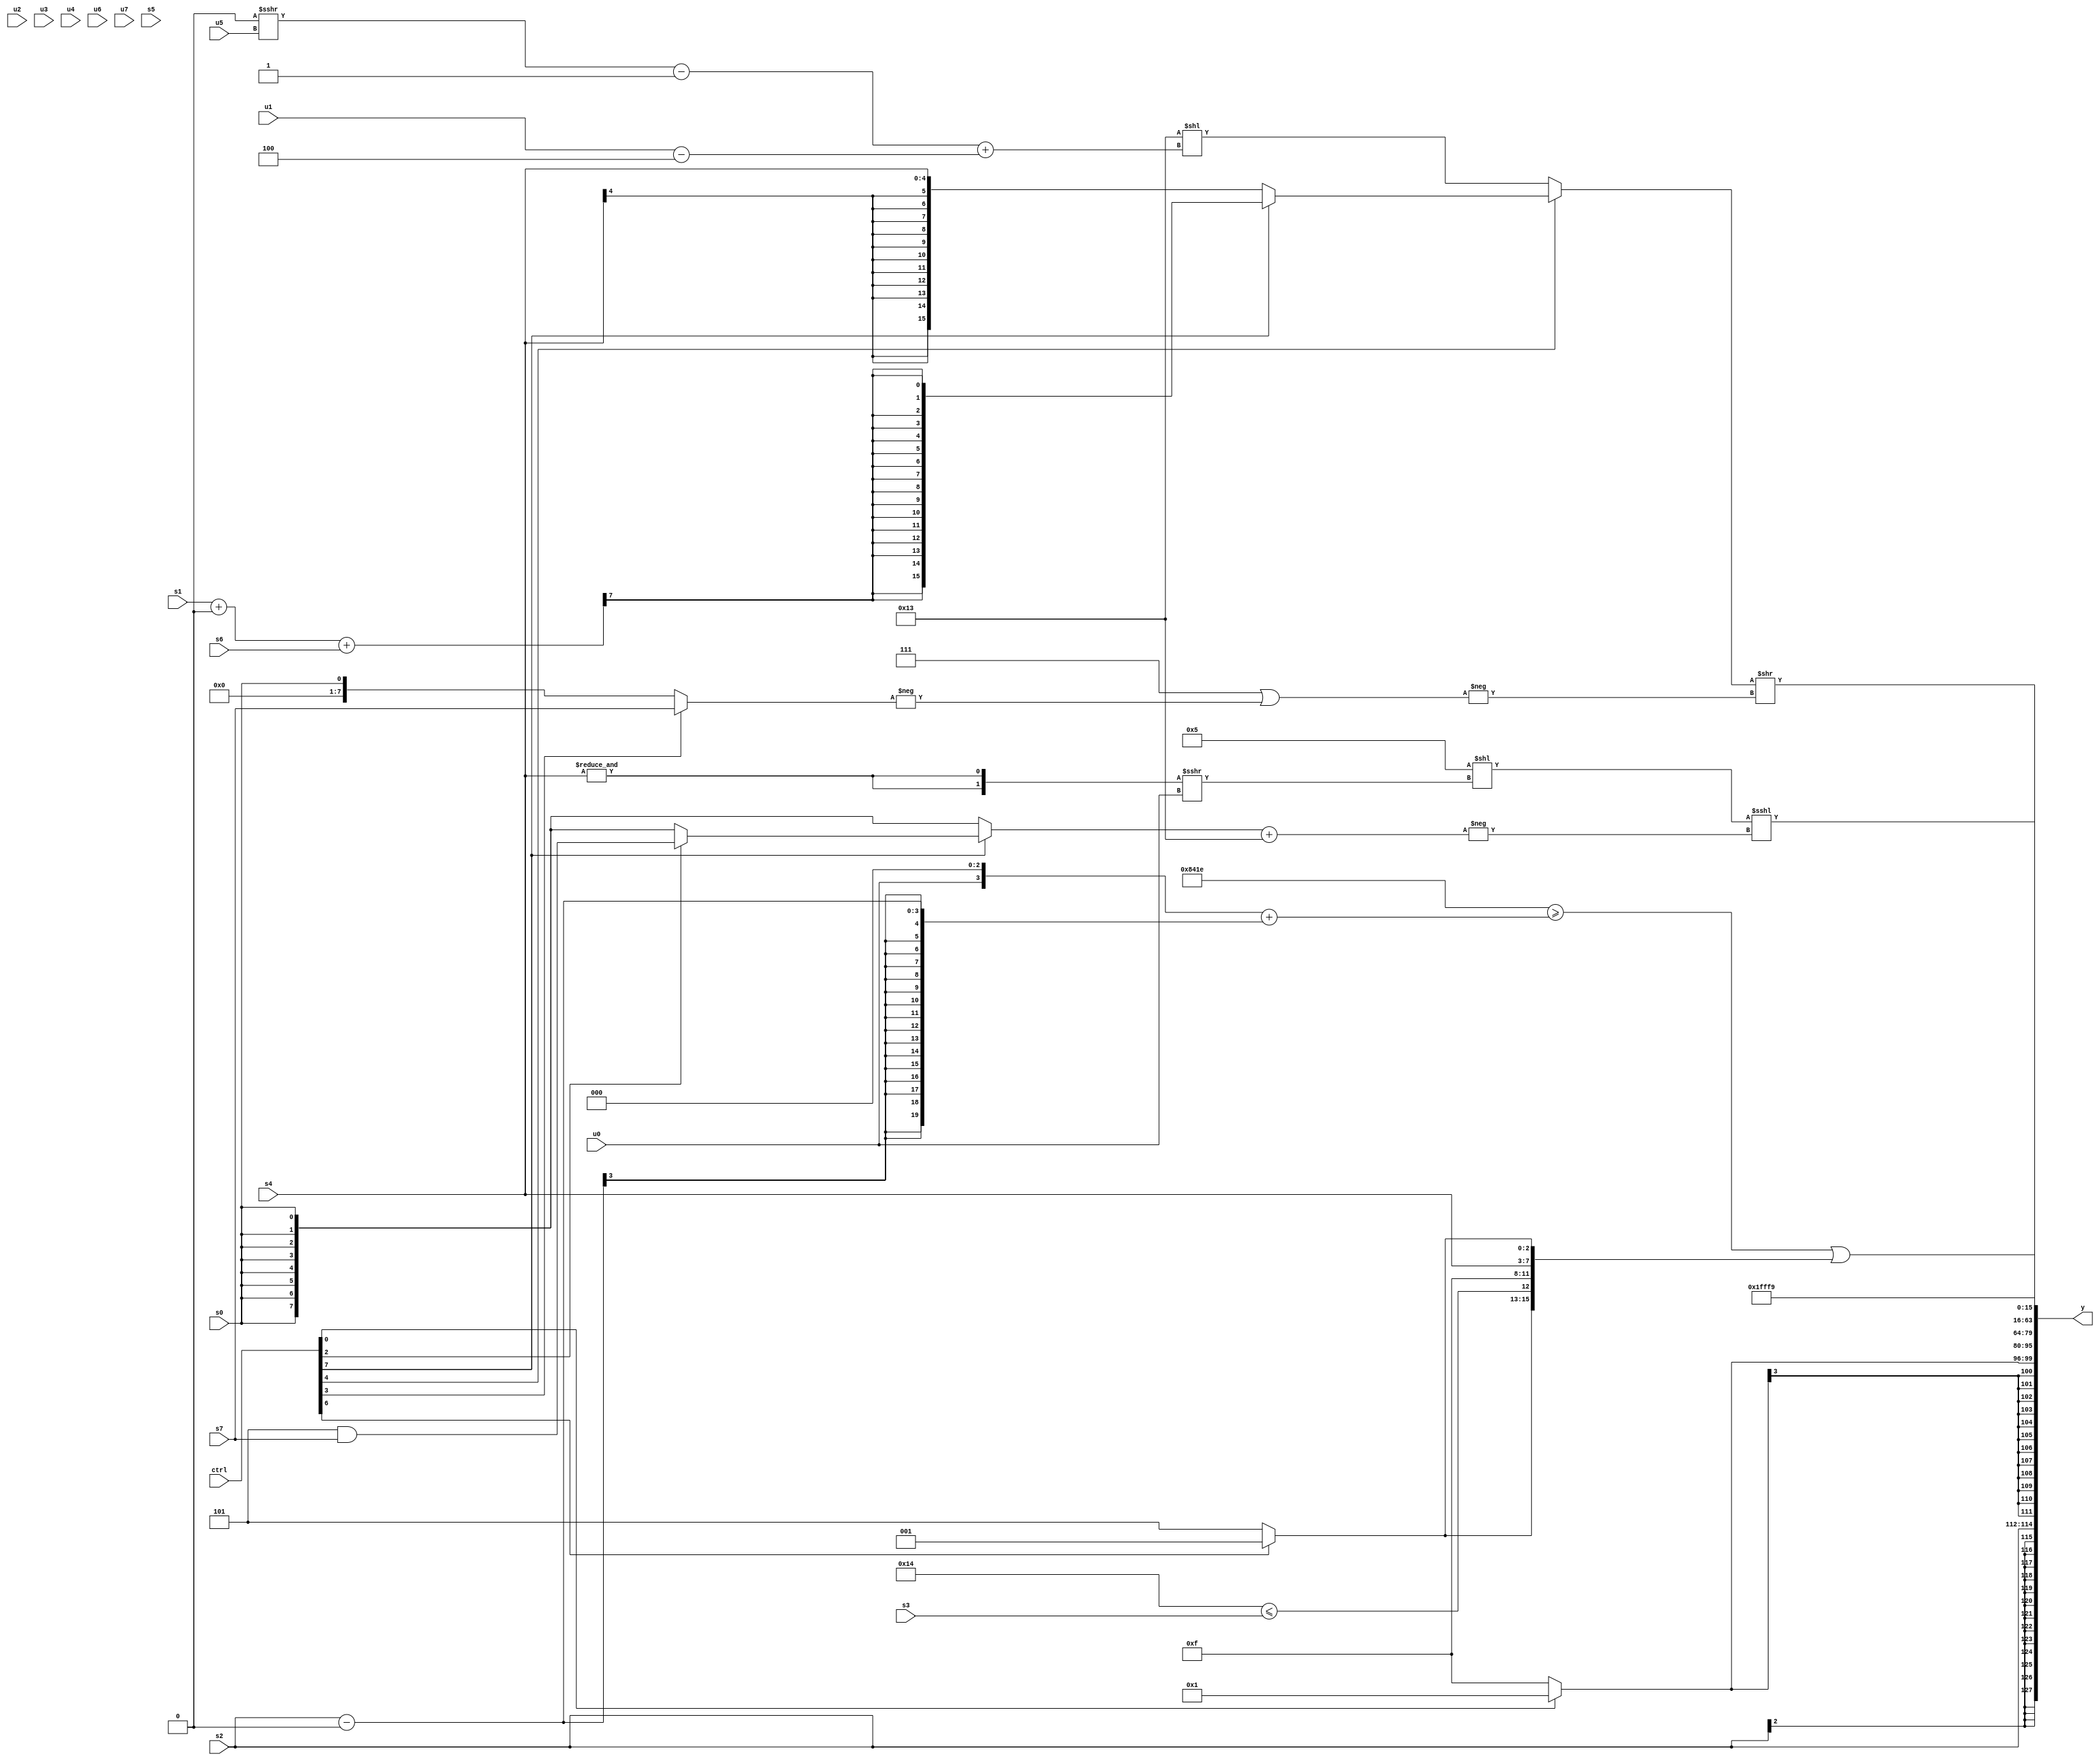
module wideexpr_00244(ctrl, u0, u1, u2, u3, u4, u5, u6, u7, s0, s1, s2, s3, s4, s5, s6, s7, y);
  input [7:0] ctrl;
  input [0:0] u0;
  input [1:0] u1;
  input [2:0] u2;
  input [3:0] u3;
  input [4:0] u4;
  input [5:0] u5;
  input [6:0] u6;
  input [7:0] u7;
  input signed [0:0] s0;
  input signed [1:0] s1;
  input signed [2:0] s2;
  input signed [3:0] s3;
  input signed [4:0] s4;
  input signed [5:0] s5;
  input signed [6:0] s6;
  input signed [7:0] s7;
  output [127:0] y;
  wire [15:0] y0;
  wire [15:0] y1;
  wire [15:0] y2;
  wire [15:0] y3;
  wire [15:0] y4;
  wire [15:0] y5;
  wire [15:0] y6;
  wire [15:0] y7;
  assign y = {y0,y1,y2,y3,y4,y5,y6,y7};
  assign y0 = s2;
  assign y1 = (ctrl[0]?4'sb0001:1'sb1);
  assign y2 = +(((4'sb0101)<<(({2{-(&(s4))}})>>>(u0)))<<<(-(((ctrl[7]?(ctrl[2]?(ctrl[2]?$signed((3'b101)&(s7)):s2):s0):s0))+(($signed(6'sb110011))<<({2{&({2{(4'sb1111)>>(5'sb11100)}})}})))));
  assign y3 = ((ctrl[4]?(ctrl[7]?(((s1)+(3'sb000))+($signed(s6)))>>>(6'sb010010):s4):(6'sb110011)<<((((2'sb00)>>>(u5))-((4'sb1000)>>>(6'sb000110)))+(($signed(u1))-(3'sb100)))))>>(-(($signed(($unsigned(6'sb111011))>>>((ctrl[3]?2'sb11:1'sb1))))|(-((ctrl[3]?{s7}:s0)))));
  assign y4 = {1{!(6'sb110111)}};
  assign y5 = 2'b01;
  assign y6 = 4'sb1001;
  assign y7 = {2{+(((({4{5'sb00001}})-($signed(3'sb011)))>=(((u0)<<<(2'sb11))+((s2)-(2'b00))))|({2{{(5'sb10100)<=(s3),$unsigned(4'sb1111),s4,(ctrl[6]?1'b1:3'sb101)}}}))}};
endmodule